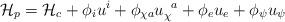
LaTeX: \begin{align*}\mathcal{H}_p = \mathcal{H}_c + \phi_i u^i + \phi_{\chi a} u_{\chi}^{\phantom{\chi}a} + \phi_e u_e + \phi_\psi u_\psi\end{align*}